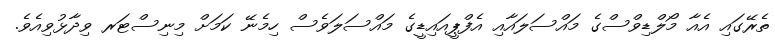
ތެރޭގައި އެއާ މޯލްޑިވްސްގެ މައްސަލައާއި އެފްޕީއައިޑީގެ މައްސަލަވެސް ހިމެނޭ ކަމަށް މިނިސްޓަރ ވިދާޅުވިއެވެ.